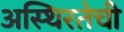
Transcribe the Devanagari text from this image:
अस्थिरतेची